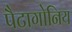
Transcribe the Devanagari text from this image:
पैटागोनिय